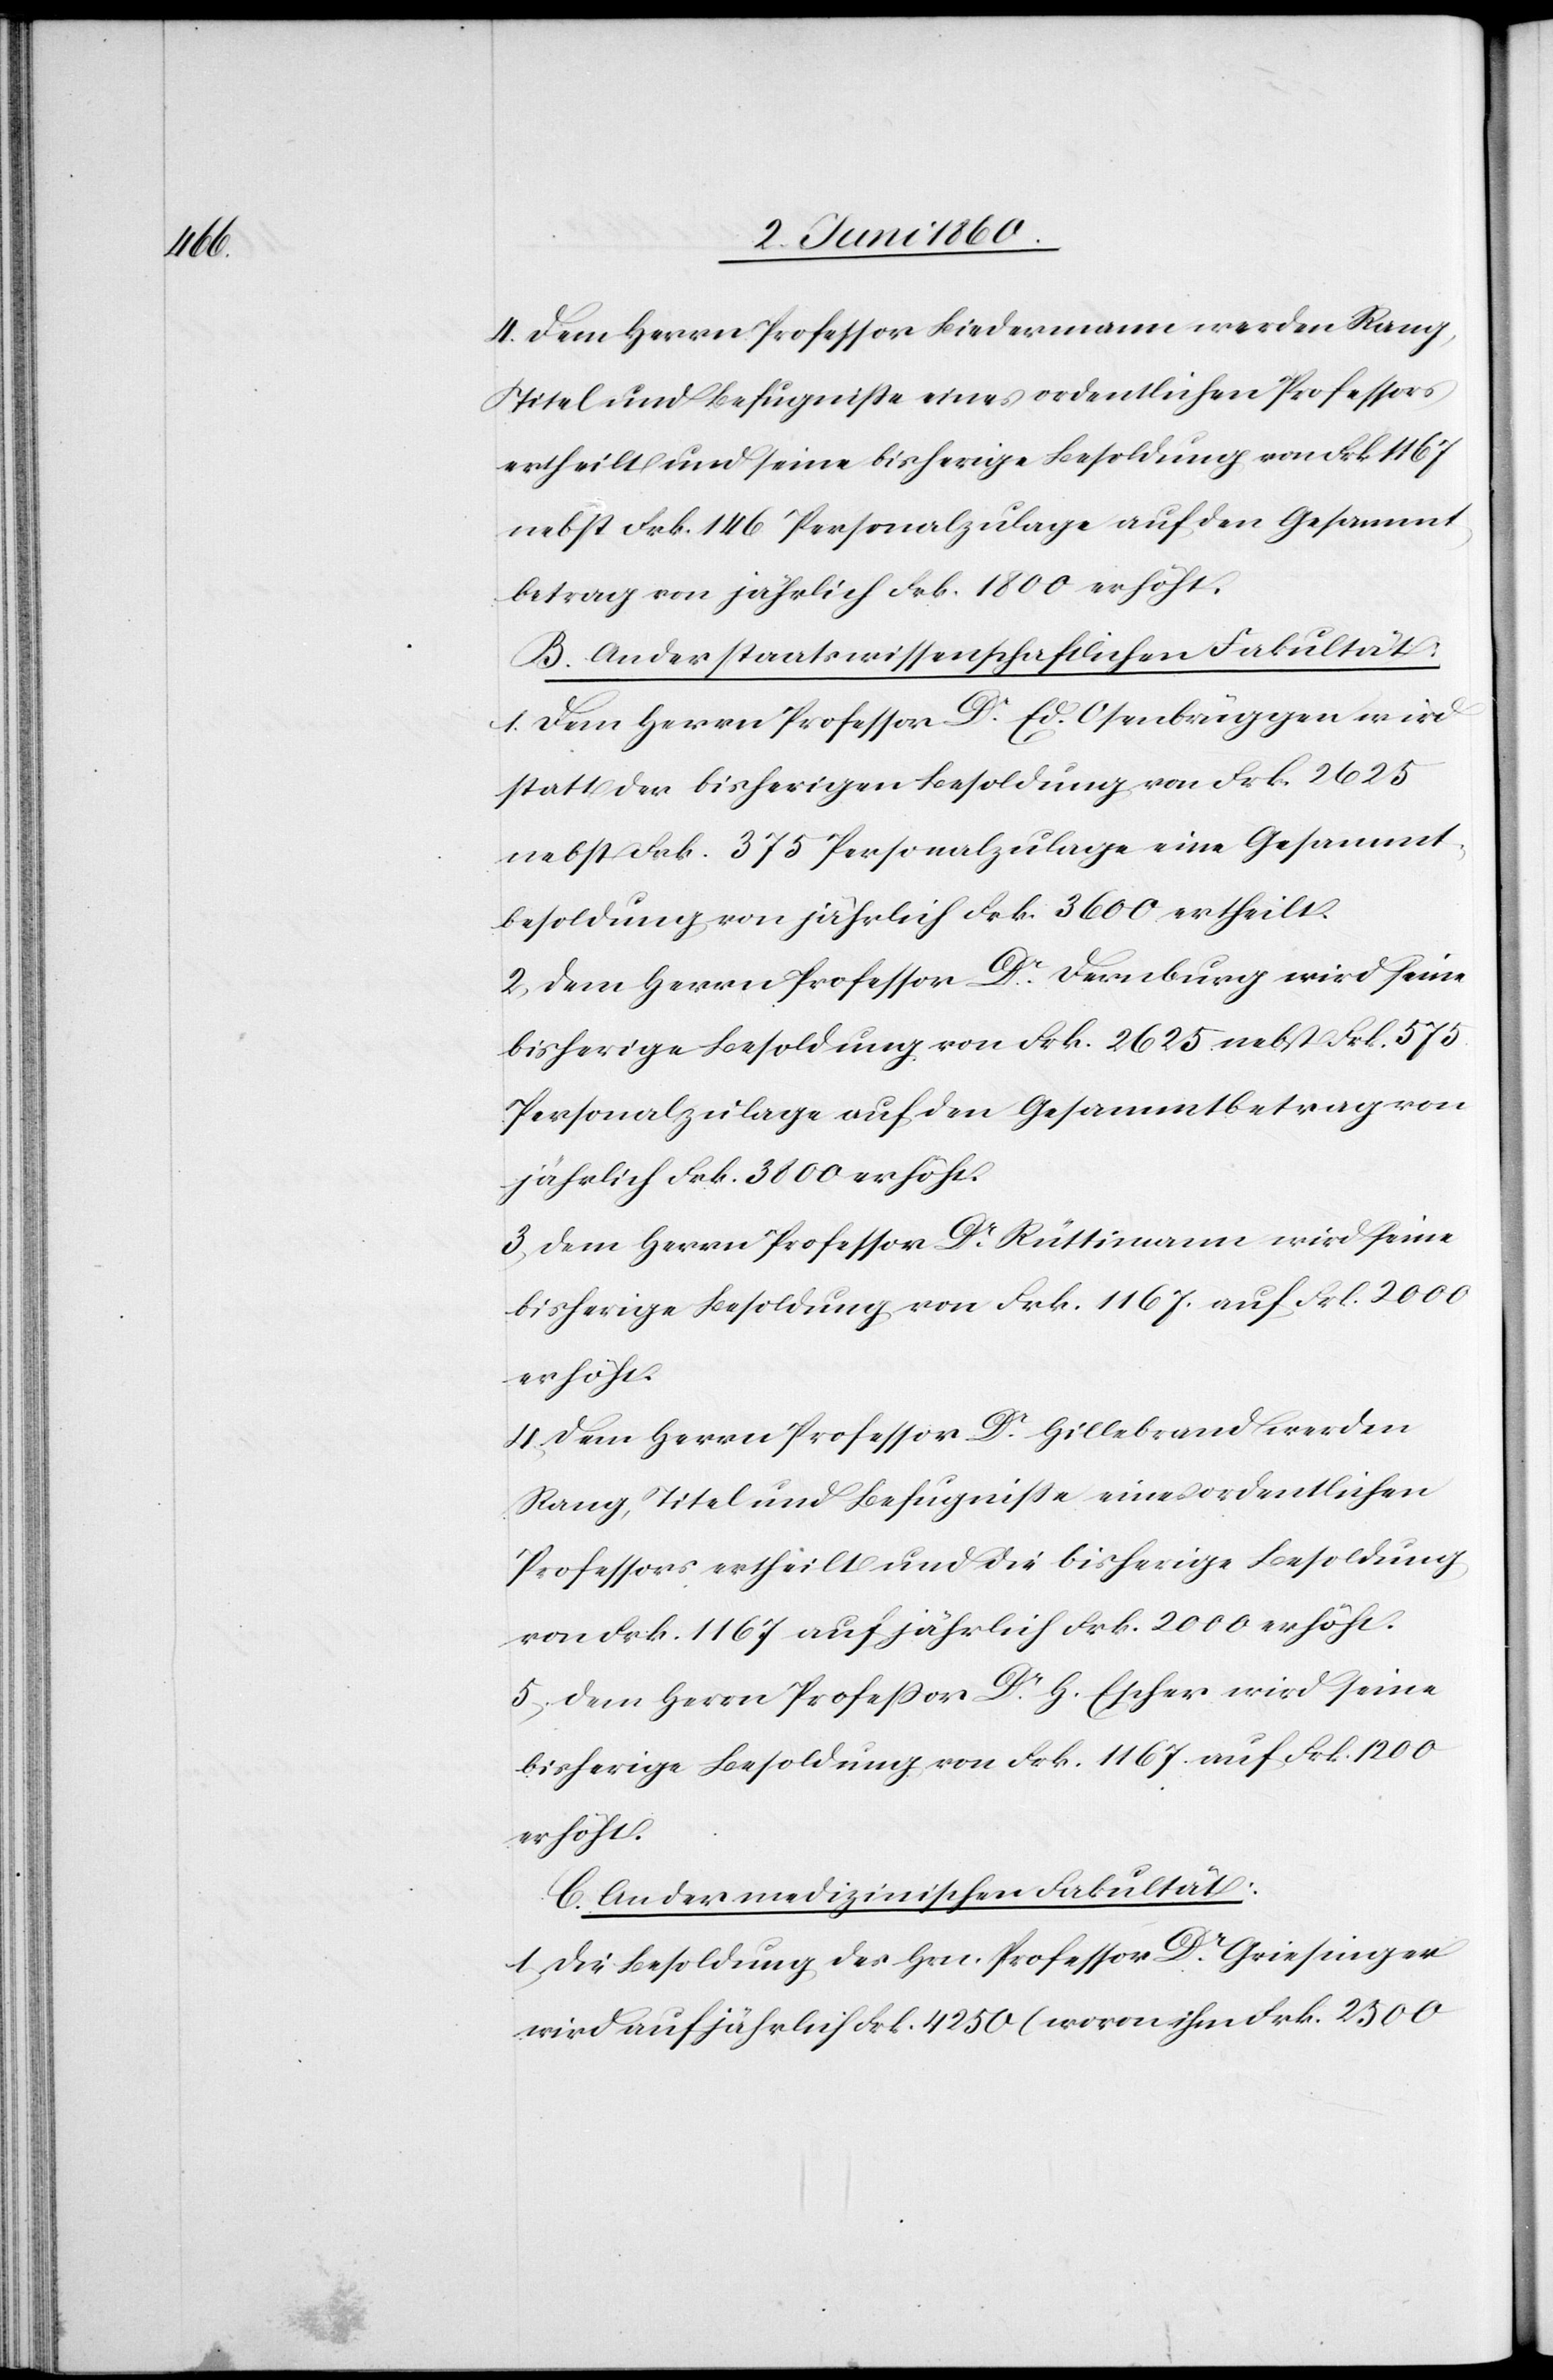
4. Dem Herrn Professor Biedermann werden Rang,
Titel und Befugnisse eines ordentlichen Professors
ertheilt und seine bisherige Besoldung von Frk. 1167
nebst Frk. 146 Personalzulage auf den Gesammt¬
betrag von jährlich Frk. 1800 erhöht.
B. An der staatswissenschaftlichen Fakultät:
1. Dem Herrn Professor Dr Ed. Osenbrügger wird
statt der bisherigen Besoldung von Frk. 2625
nebst Frk. 375 Personalzulage eine Gesammt¬
besoldung von jährlich Frk. 3600 ertheilt.
2. Dem Herrn Professor Dr Dernburg wird seine
bisherige Besoldung von Frk. 2625 nebst Frk. 575
Personalzulage auf den Gesammtbetrag von
jährlich Frk. 3800 erhöht.
3. Dem Herrn Professor Dr Rüttimann wird seine
4. Dem Herrn Professor Dr Hillebrand werden
Rang, Titel und Befugnisse eines ordentlichen
Professors ertheilt und die bisherige Besoldung
von Frk. 1167 auf jährlich Frk. 2000 erhöht.
5. Dem Herrn Professor Dr H. Escher wird seine
bisherige Besoldung von Frk. 1167 auf Frk. 1200
erhöht.
C. An der medizinischen Fakultät:
1. Die Besoldung des Hrn. Professor Dr Griesinger
wird auf jährlich Frk. 4250 (wovon ihm Frk. 2500